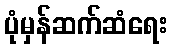
ပုံမှန်ဆက်ဆံရေး